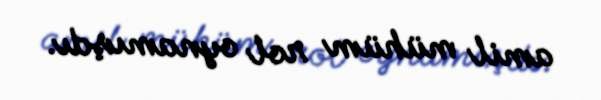
amil mühüm rol oynamışdı.